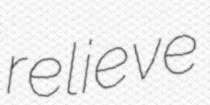
relieve